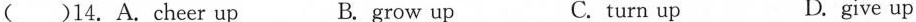
( )14.A.dheer up B. grow up C. turn up D. give up